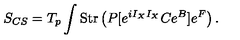
S _ { C S } = T _ { p } \int \mathrm { S t r } \left( P [ e ^ { i I _ { X } I _ { X } } C e ^ { B } ] e ^ { F } \right) .